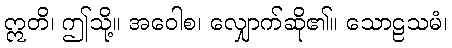
ဣတိ၊ ဤသို့။ အဝေါစ၊ လျှောက်ဆို၏။ သောဠသမံ၊